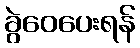
ခွဲဝေပေးရန်